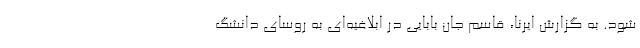
شود. به گزارش ایرنا، قاسم جان بابایی در ابلاغیه‌ای به روسای دانشگ